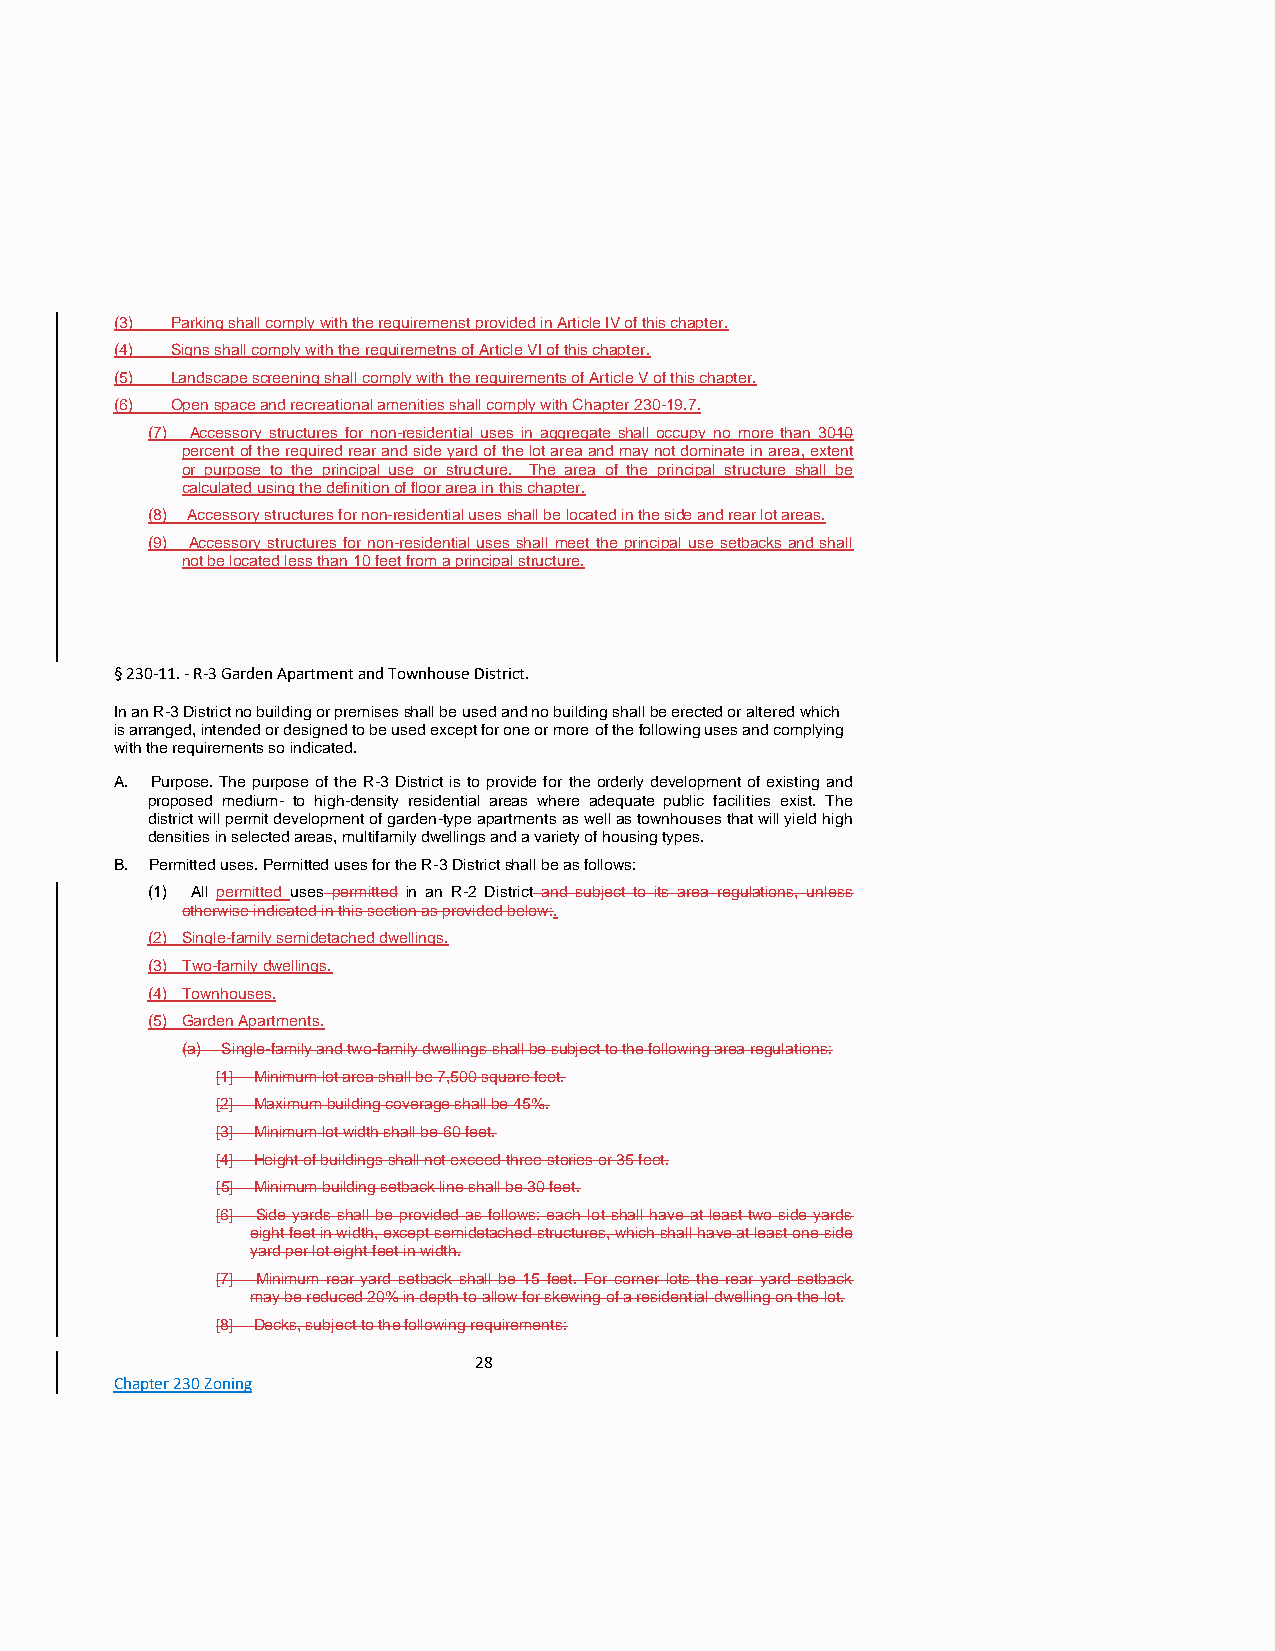
(3) Parking shall comply with the requiremenst provided in Article IV of this chapter.
 (4) Signs shall comply with the requiremetns of Article VI of this chapter.
 (5) Landscape screening shall comply with the requirements of Article V of this chapter.
 (6) Open space and recreational amenities shall comply with Chapter 230-19.7.
 (7) Accessory structures for non-residential uses in aggregate shall occupy no more than 3010
 percent of the required rear and side yard of the lot area and may not dominate in area, extent
 or purpose to the principal use or structure. The area of the principal structure shall be
 calculated using the definition of floor area in this chapter.
 (8) Accessory structures for non-residential uses shall be located in the side and rear lot areas.
 (9) Accessory structures for non-residential uses shall meet the principal use setbacks and shall
 not be located less than 10 feet from a principal structure.
 § 230-11. - R-3 Garden Apartment and Townhouse District.
 In an R-3 District no building or premises shall be used and no building shall be erected or altered which
 is arranged, intended or designed to be used except for one or more of the following uses and complying
 with the requirements so indicated.
 A. Purpose. The purpose of the R-3 District is to provide for the orderly development of existing and
 proposed medium- to high-density residential areas where adequate public facilities exist. The
 district will permit development of garden-type apartments as well as townhouses that will yield high
 densities in selected areas, multifamily dwellings and a variety of housing types.
 B. Permitted uses. Permitted uses for the R-3 District shall be as follows:
 (1) All permitted uses permitted in an R-2 District and subject to its area regulations, unless
 otherwise indicated in this section as provided below:.
 (2) Single-family semidetached dwellings.
 (3) Two-family dwellings.
 (4) Townhouses.
 (5) Garden Apartments.
 (a) Single-family and two-family dwellings shall be subject to the following area regulations:
 [1] Minimum lot area shall be 7,500 square feet.
 [2] Maximum building coverage shall be 45%.
 [3] Minimum lot width shall be 60 feet.
 [4] Height of buildings shall not exceed three stories or 35 feet.
 [5] Minimum building setback line shall be 30 feet.
 [6] Side yards shall be provided as follows: each lot shall have at least two side yards
 eight feet in width, except semidetached structures, which shall have at least one side
 yard per lot eight feet in width.
 [7] Minimum rear yard setback shall be 15 feet. For corner lots the rear yard setback
 may be reduced 20% in depth to allow for skewing of a residential dwelling on the lot.
 [8] Decks, subject to the following requirements:
 28
 Chapter 230 Zoning